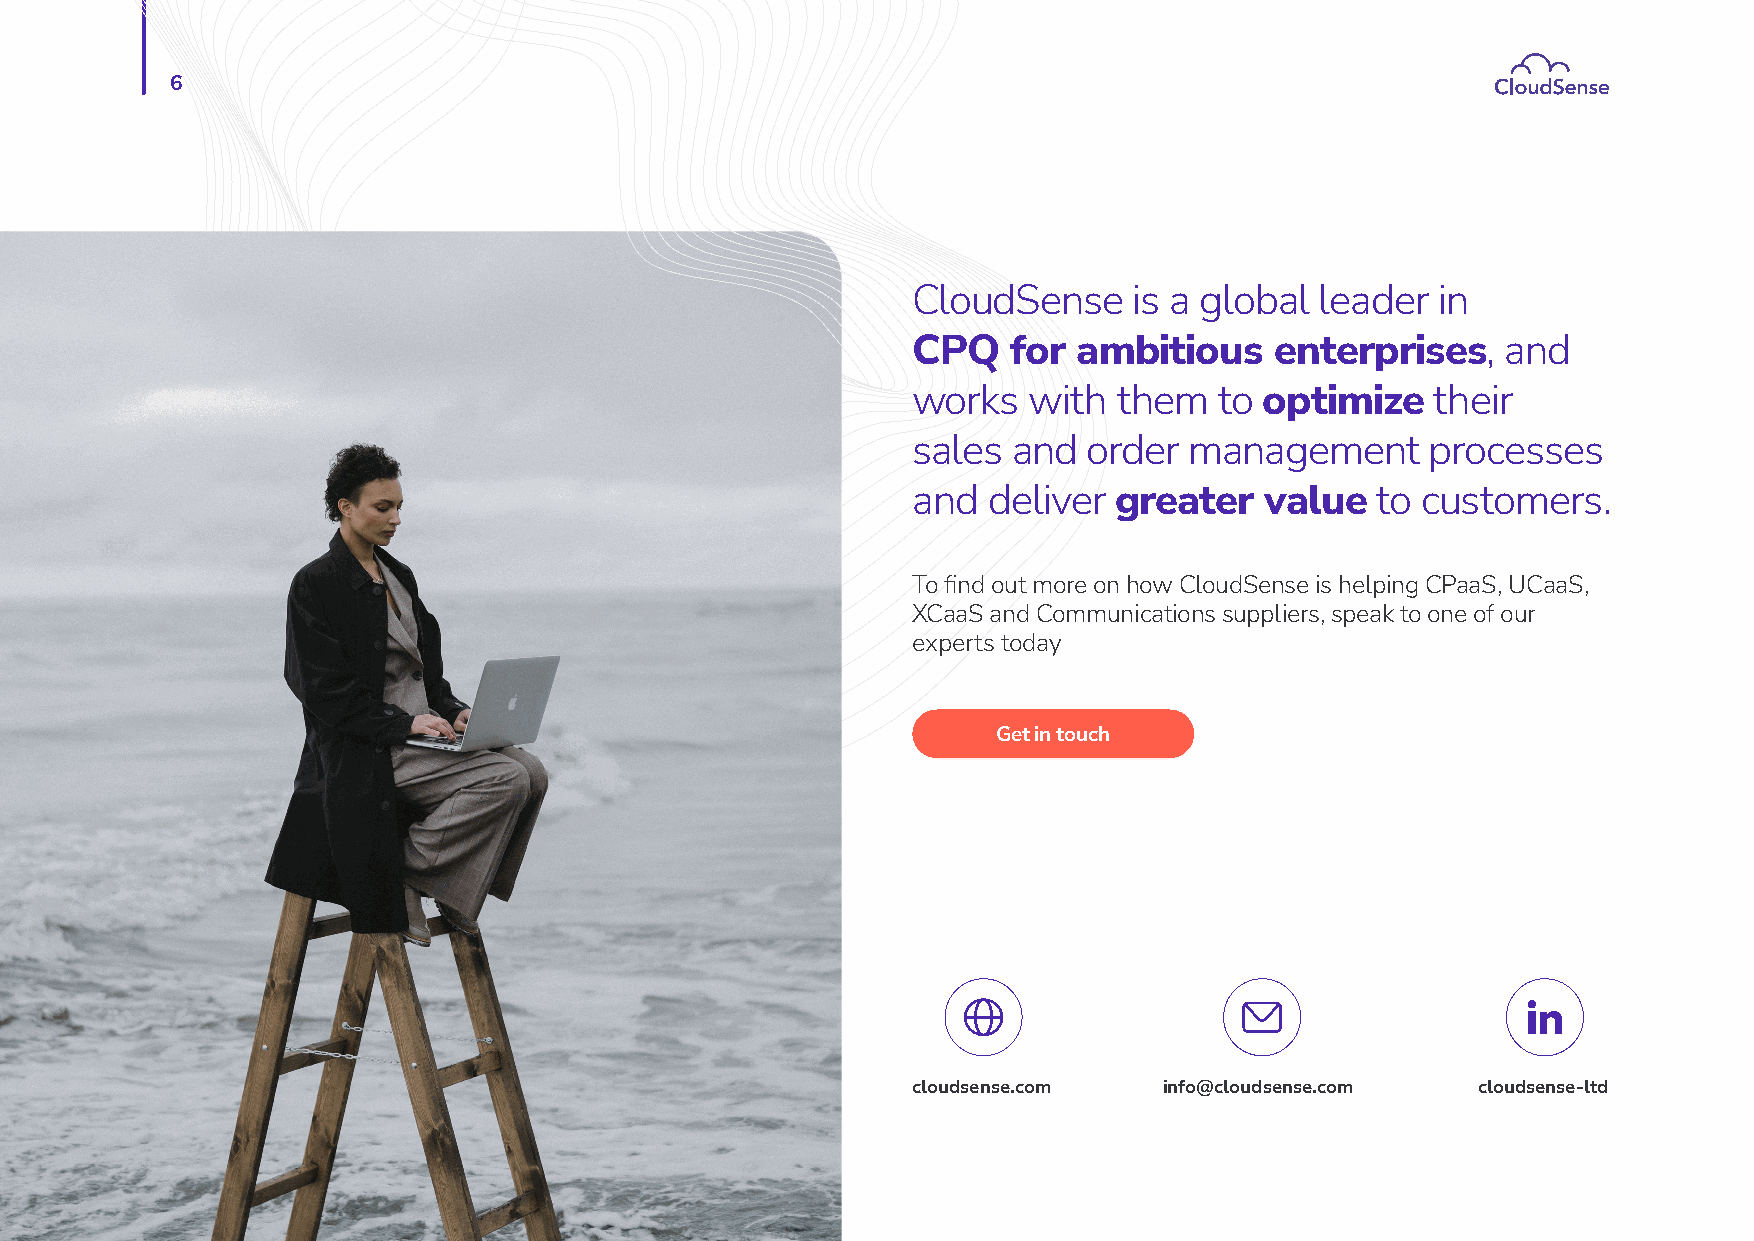
6
 CloudSense     is a global leader  in
 CPQ    for ambitious    enterprises,    and
 works   with  them   to optimize   their
 sales  and  order  management      processes
 and  deliver  greater   value  to customers.
 To find out more on how CloudSense is helping CPaaS, UCaaS,
 XCaaS and Communications suppliers, speak to one of our
 experts today
 Get in touch
 cloudsense.com   info@cloudsense.com  cloudsense-ltd